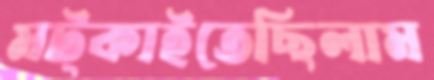
মট্‌কাইতেছিলাম